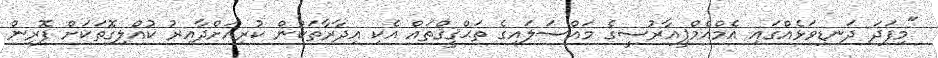
"މިފަދަ ދަނޑިވަޅެއްގައި އެމްއެމްޕީއާރުސީގެ މައްސަލައިގެ ތަޙްޤީޤްތައް އެކި އިދާރާތަކުން ކުރިއަށްދާއިރު ކުއްލިގޮތަކަށް ފޮރިން